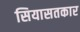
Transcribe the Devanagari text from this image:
सियासतकार